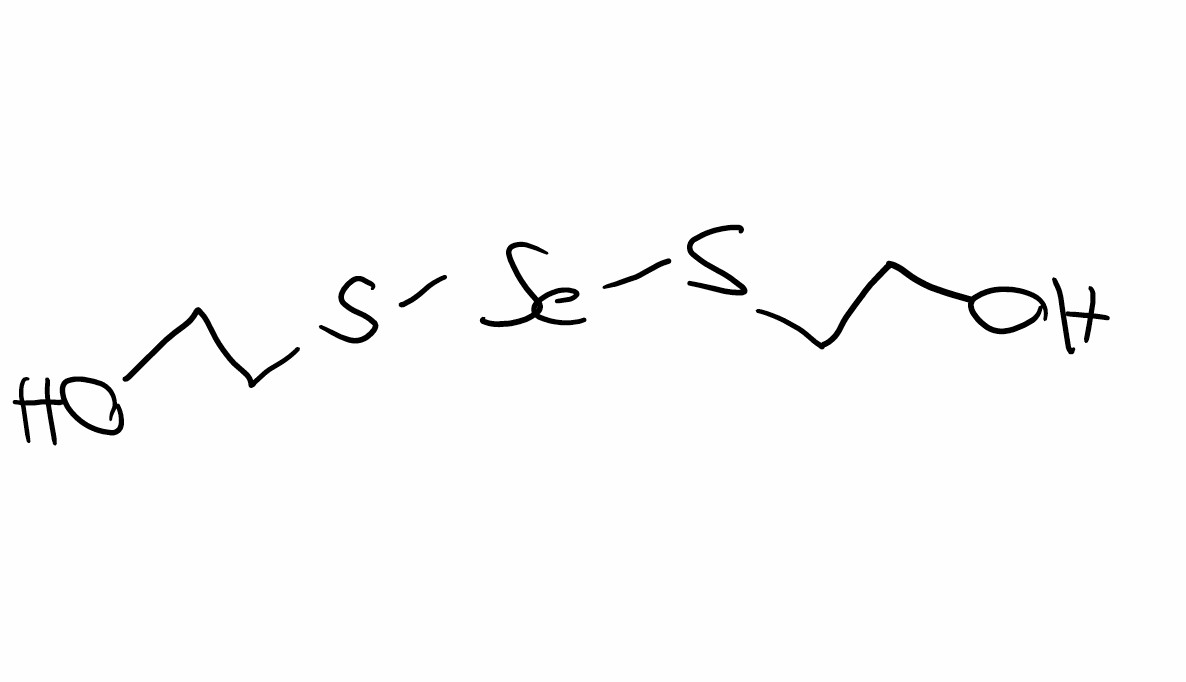
Simplified molecular-input line-entry system (SMILES) notation of the given molecule:
C(CS[Se]SCCO)O